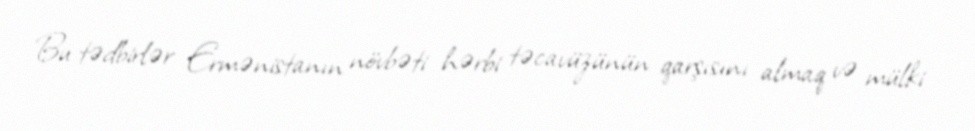
Bu tədbirlər Ermənistanın növbəti hərbi təcavüzünün qarşısını almaq və mülki